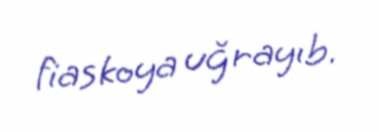
fiaskoya uğrayıb.